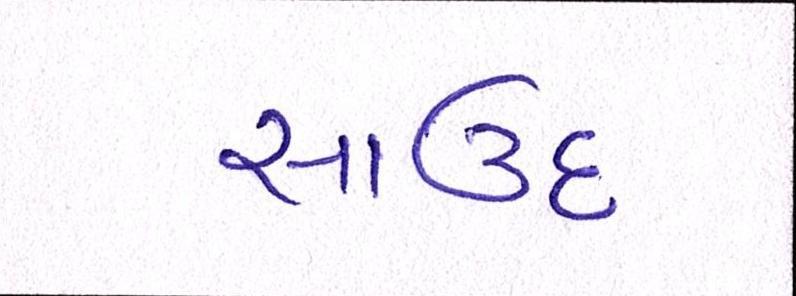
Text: સાઉદ